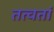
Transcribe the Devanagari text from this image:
तत्वतां